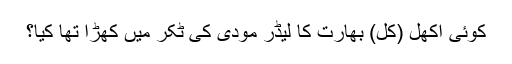
کوئی اکھل (کُل) بھارت کا لیڈر مودی کی ٹکر میں کھڑا تھا کیا؟